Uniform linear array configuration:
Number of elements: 64
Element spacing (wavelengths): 0.5
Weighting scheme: hann
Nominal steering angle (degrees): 0
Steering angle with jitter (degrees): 1.642
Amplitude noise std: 0.05
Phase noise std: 0.05

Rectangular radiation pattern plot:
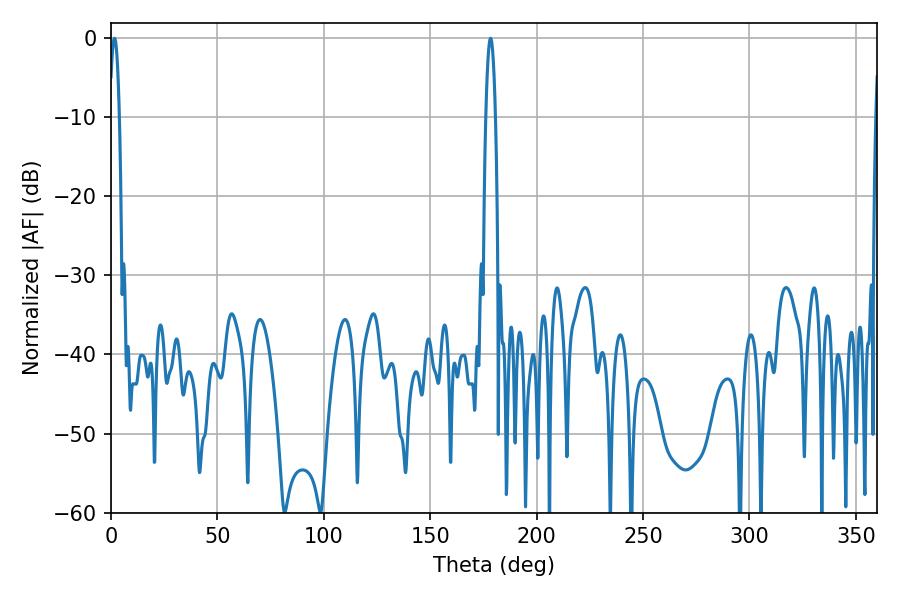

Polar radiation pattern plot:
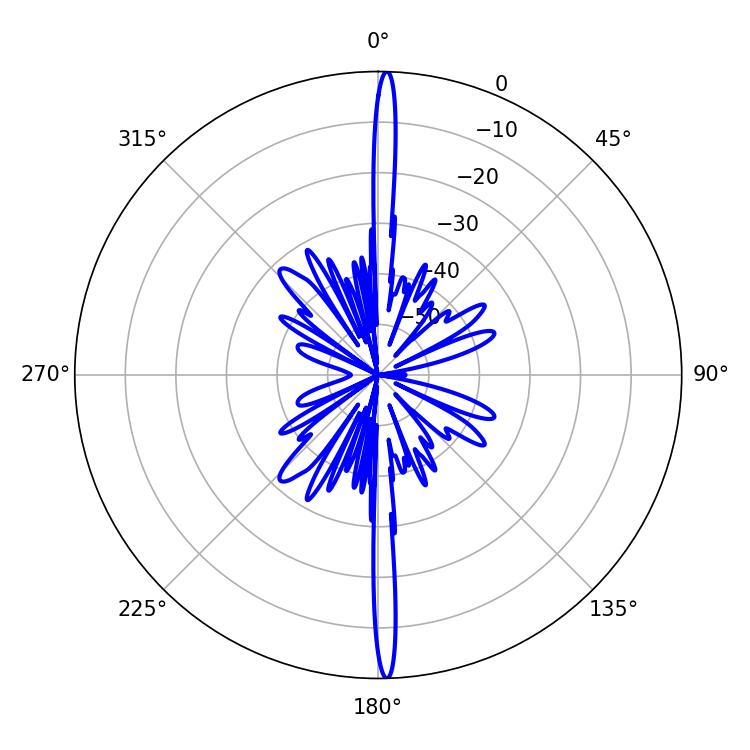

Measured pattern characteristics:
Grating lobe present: FALSE
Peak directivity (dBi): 28.757
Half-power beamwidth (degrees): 2.52
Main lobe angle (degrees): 178.38